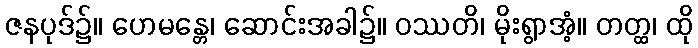
ဇနပုဒ်၌။ ဟေမန္တေ၊ ဆောင်းအခါ၌။ ဝဿတိ၊ မိုးရွာအံ့။ တတ္ထ၊ ထို